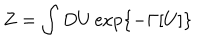
LaTeX: Z = \int D U \exp \{ - \Gamma [ U ] \}